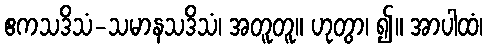
ဧကသဒိသံ-သမာနသဒိသံ၊ အတူတူ။ ဟုတွာ၊ ၍။ အာပါထံ၊